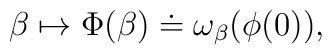
\beta \mapsto \Phi (\beta) \doteq \omega_\beta (\phi(0)),